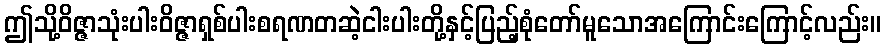
ဤသို့ဝိဇ္ဇာသုံးပါးဝိဇ္ဇာရှစ်ပါးစရဏတဆဲ့ငါးပါးတို့နှင့်ပြည့်စုံတော်မူသောအကြောင်းကြောင့်လည်း။